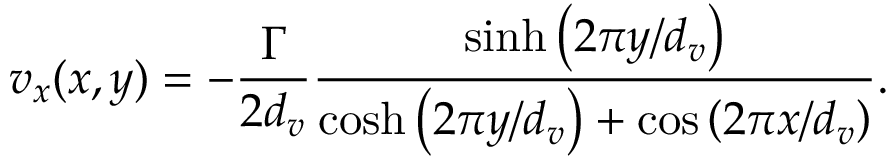
v _ { x } ( x , y ) = - \frac { \Gamma } { 2 d _ { v } } \frac { \sinh \left( 2 \pi y / d _ { v } \right) } { \cosh \left( 2 \pi y / d _ { v } \right) + \cos \left( 2 \pi x / d _ { v } \right) } .